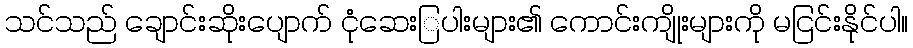
သင်သည် ချောင်းဆိုးပျောက် ငုံဆေးြပါးများ၏ ကောင်းကျိုးများကို မငြင်းနိုင်ပါ။